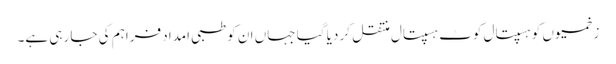
زخمیوں کو ہسپتال کوٹ ہسپتال منتقل کر دیا گیا جہاں ان کو طبی امداد فراہم کی جا رہی ہے۔